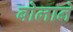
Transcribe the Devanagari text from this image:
बोलाने